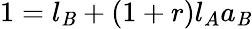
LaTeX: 1=l_{\mathit{B}}+(1+r)l_{A}a_{\mathit{B}}